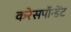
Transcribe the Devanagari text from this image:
करेसपॉन्डेंट